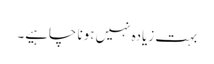
بہت زیادہ نہیں ہونا چاہیے۔